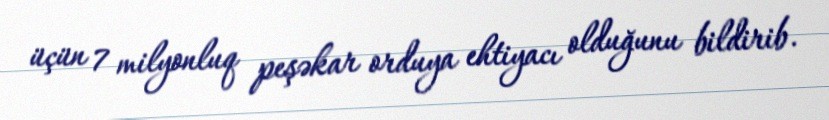
üçün 7 milyonluq peşəkar orduya ehtiyacı olduğunu bildirib.